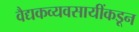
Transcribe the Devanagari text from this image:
वैद्यकव्यवसायींकडून